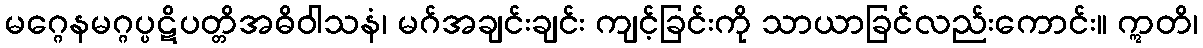
မဂ္ဂေနမဂ္ဂပ္ပဋိပတ္တိအဓိဝါသနံ၊ မဂ်အချင်းချင်း ကျင့်ခြင်းကို သာယာခြင်လည်းကောင်း။ ဣတိ၊